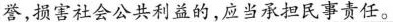
誉,损害社会公共利益的,应当承担民事责任。